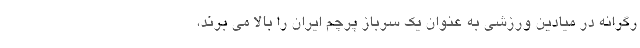
رگرانه در میادین ورزشی به عنوان یک سرباز پرچم ایران را بالا می برند،